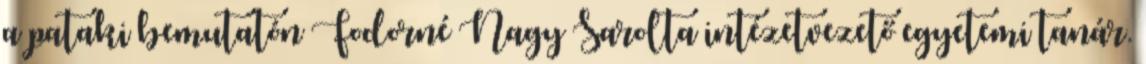
a pataki bemutatón Fodorné Nagy Sarolta intézetvezető egyetemi tanár.